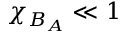
\chi _ { B _ { A } } \ll 1